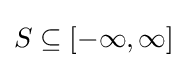
S\subseteq [-\infty ,\infty ]